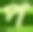
প